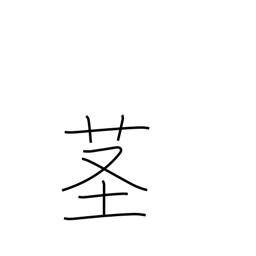
Meaning: stalk